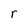
Character: r